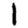
Digit: 1